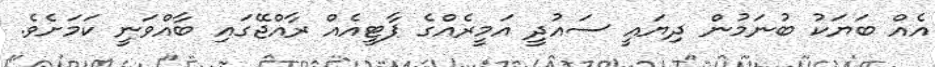
އެއް ބަޔަކު ބުނަމުން ދިޔައީ ސައުދީ އަމީރެއްގެ ޕާޓީއެއް ރާއްޖޭގައި ބާއްވަނީ ކަމަށެވެ.